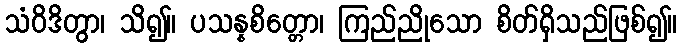
သံဝိဒိတွာ၊ သိ၍။ ပသန္နစိတ္တော၊ ကြည်ညိုသော စိတ်ရှိသည်ဖြစ်၍။